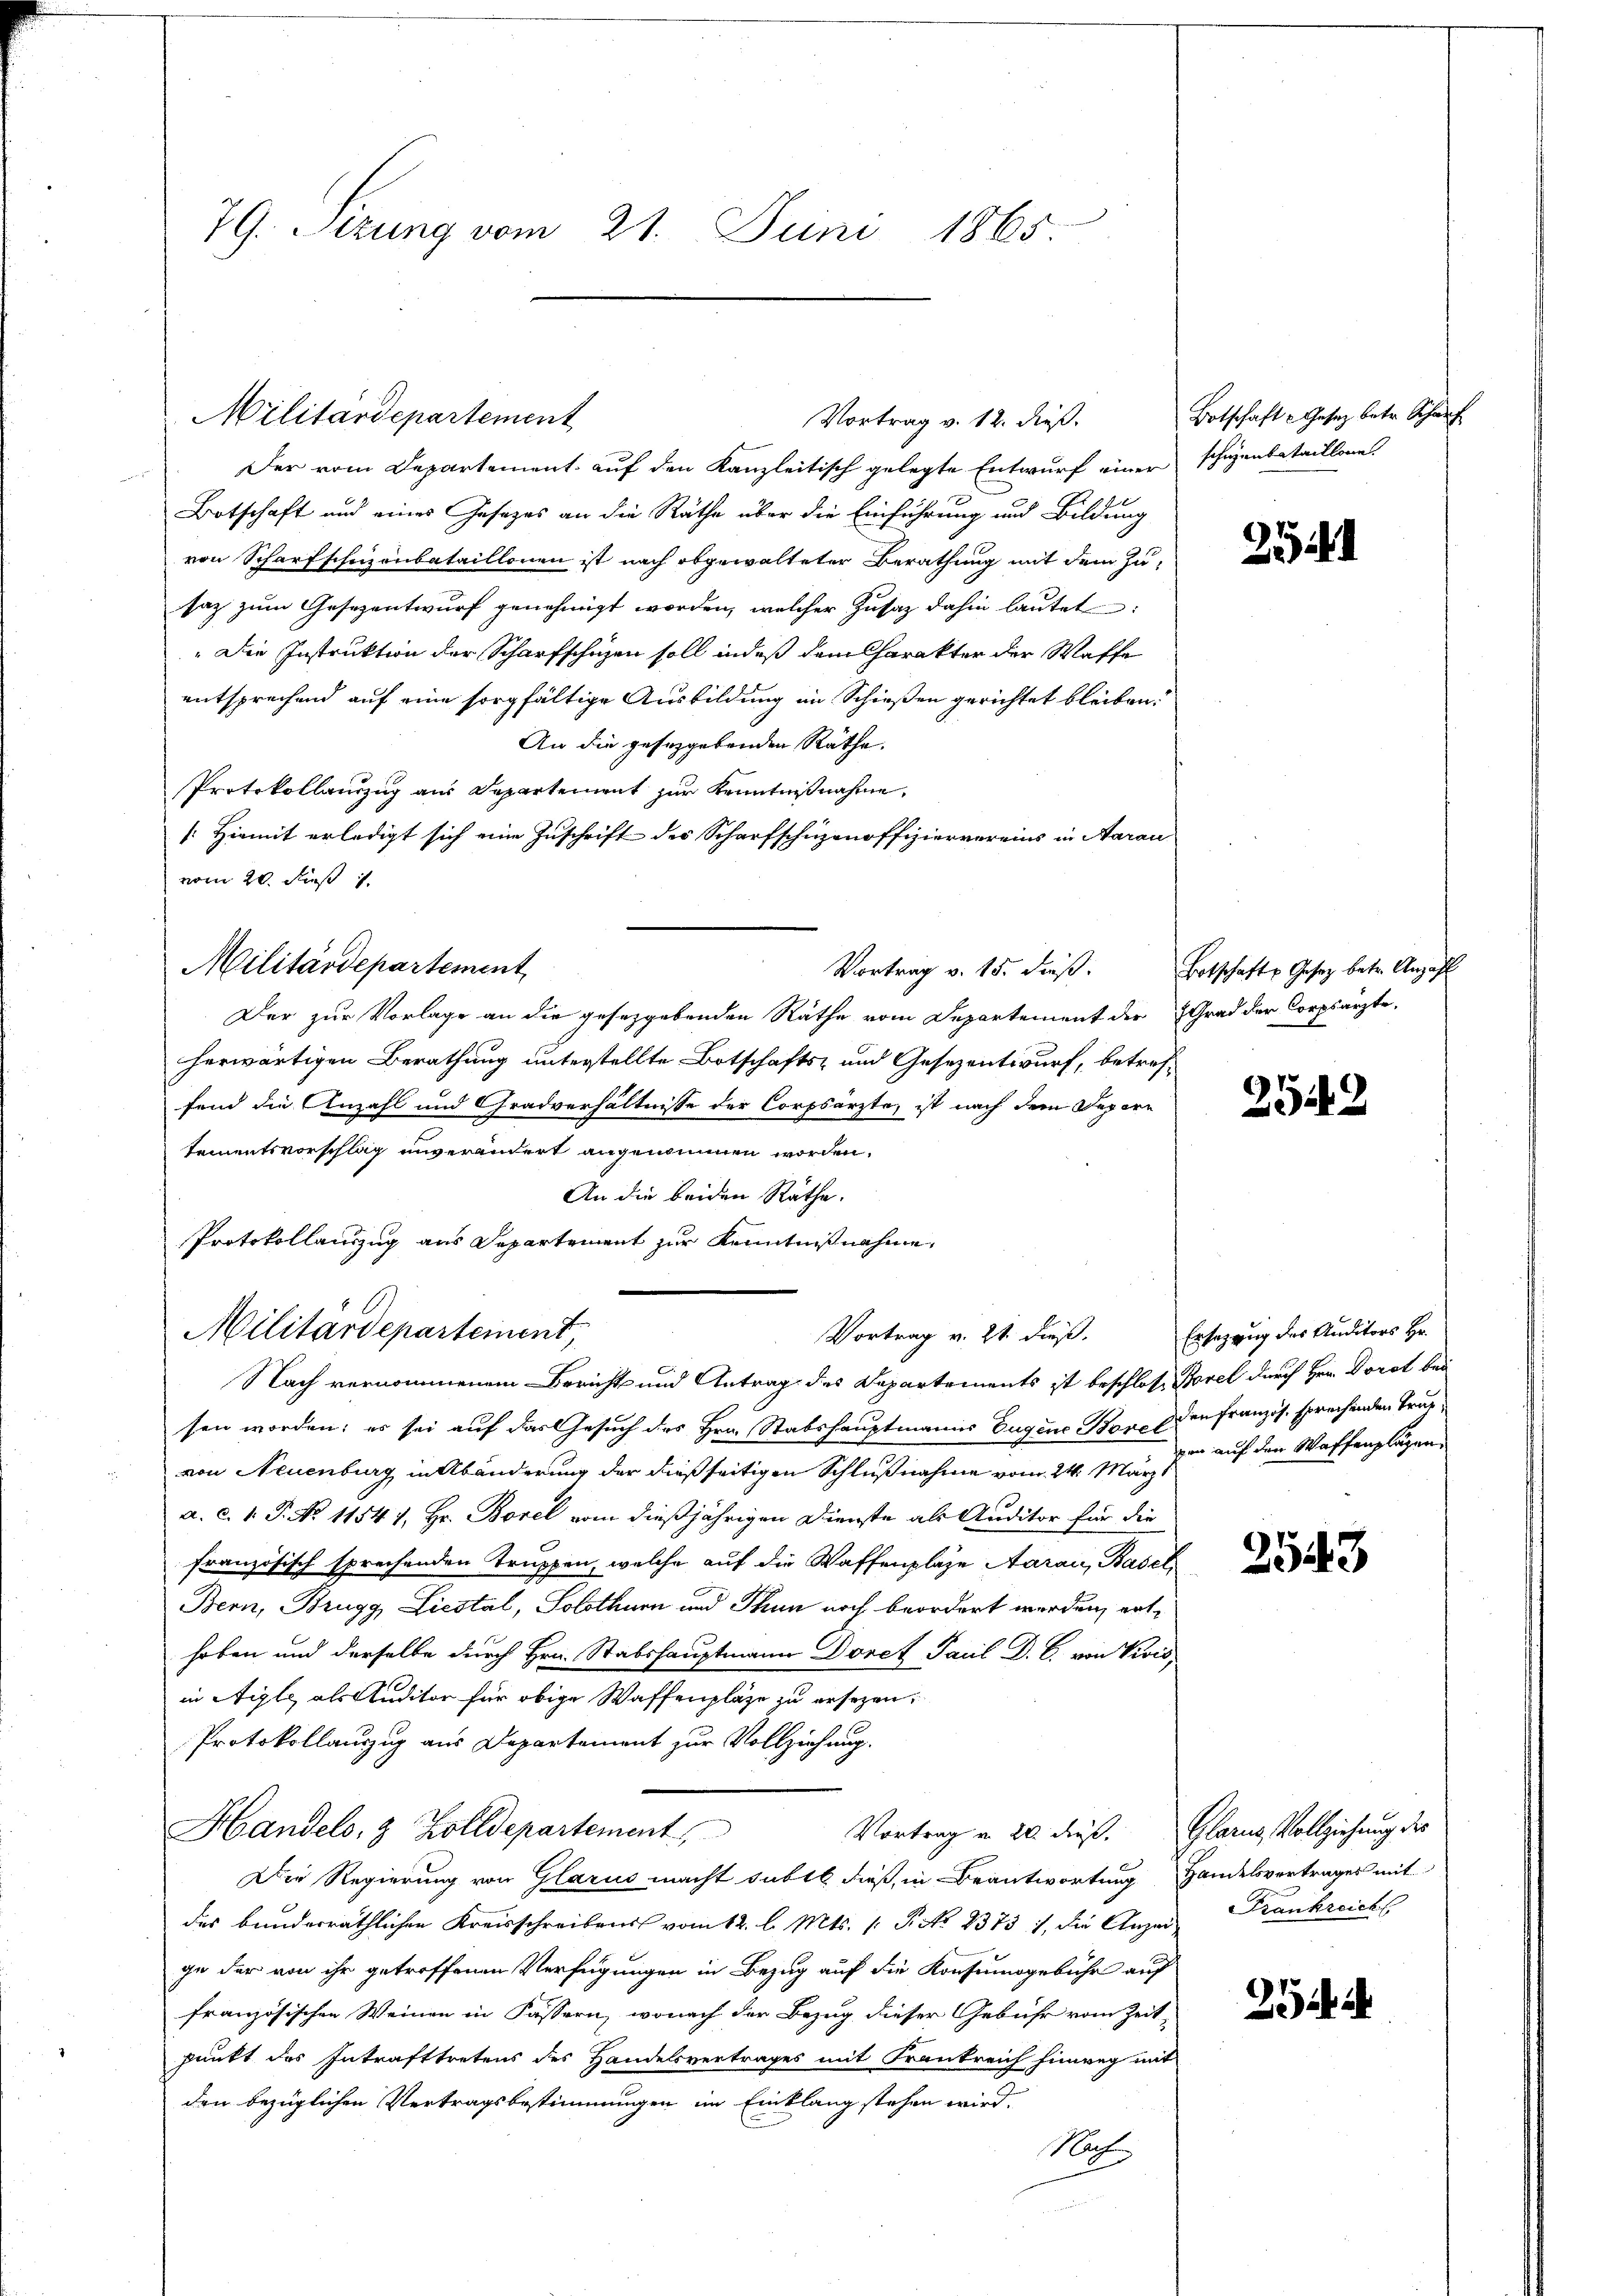
79. Sezung vom 21. Juni 1865.

Militardepartement

Der vom Departement auf den Kanzleitisch gelegte Entwurf einer schienbataillons
Botschaft und eines Gesetzes an die Räthe über die Einführung und Bildung
von Scharfschuzonbataillonen ist nach abgewalteter Berathung mit dem Zu-
saz zum Gesezentwurf genehmigt worden, welcher Zusatz dahin lautet:
" Die Instruktion der Scharfschüzen soll indeß dem Charakter der Waffe
entsprechend auf eine sorgfältige Ausbildung im Schießen gerichtet bleiben.
An die gesetzgebenden Räthe.
Protokollanzug aus Departement zur Kenntnißnahme,
[Hiemit erledigt sich eine Zuschrift des Scharfschüzenoffiziervereins in Aarau
vom 20. Fuß
Militärdepartement
Vortrag v. 15. dieβ. Botschaft Gesetz betr. Anzahl
Der zur Vorlage an die gesetzgebenden Räthe vom Departement der Grad der Corpsärzte,
herwärtigen Berathung unterstellte Botschafts- und Gesezentwurf, betreffend die Anzahl und Gradverhältnisse der Corpsärzte, ist nach dem Depore
tementsvorschlag unverändert angenommen worden.
An die beiden Räthe.
Protokollauszug aus Departement zur Kenntnißnahme,
Militärdepartement,
Vortrag v. 21 dieß.

Vortrag v. 12. dieß.

Nach vernommenem Bericht und Antrag des Departements ist beschlosse Sorel durch Herrn Dorot bei

sen worden; es sei auf das Gesuch des Hrn. Stabshauptmanns Eugene Bovo (den Französ. sprechenden Tragvon Neuenburg in Abänderung der dießseitigen Schlußnahme vom 24. Märzt
a. c. 1. P. No 11541, Hr. Borel vom dießjährigen Dienste als Auditor für die
französisch sprechenden Truppen, welche auf die Waffenplaze Aarau, Basel,
Bern, Brugg, Liestal, Solothurn und Thun noch beordert werden, enthoben und derselbe durch Hrn. Stabshauptmann Doret Paul D. C. von Vivis,
in Aigle als Auditor für obige Waffenpläge zu ersezen,
Protokollauszug aus Departement zur Vollziehung.
Handels, 8 Zolldepartement
Vortrag u. 20 dießs. Glarus, Vollziehung des
Die Regierung von Glarus macht subte dieß, in Beantwortung Handelsvertrages mit
des bunderräthlichen Kreisschreibens vom 12. l. Mts. /: Pisto 8373. 1, die Anzeige der von ihr getroffenen Verfügungen in Bezug auf die Konsumogebühr auf
französischen Weinen in Fässern, wonach der Bezug dieser Gebühr vom Zeit-
punkt des Inkrafttretens des Handelsvertrages mit Frankreich hinweg mit
den bezüglichen Vertragsbestimmungen im Einklang stehen wird.
Noh

Botschaft Gesetz betr. Schauf

25

2549

Ersetzung des Auditors Hr.
von auf den Waffenplägen,

2543

Frankreich

23 ih